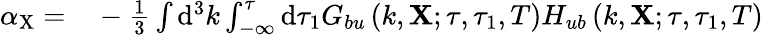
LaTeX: \begin{array}{rl}{\alpha_{\mathrm{X}}=}&{{}-\frac{1}{3}\int\mathrm{d}^{3}k\int_{-\infty}^{\tau}\mathrm{d}\tau_{1}G_{bu}\left(k,\mathbf{X};\tau,\tau_{1},T\right)H_{ub}\left(k,\mathbf{X};\tau,\tau_{1},T\right)}\end{array}